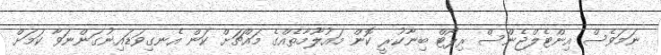
ނަމަވެސް އިންޓެލްޖެންސް ރިޕޯޓް ބިނާކުރީ ކޮން މައުލޫމާތެއްގެ މައްޗަށް ކަން އެނގިވަޑައިނުގަންނަވާ ކަމަށް